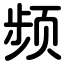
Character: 频